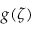
g ( \zeta )